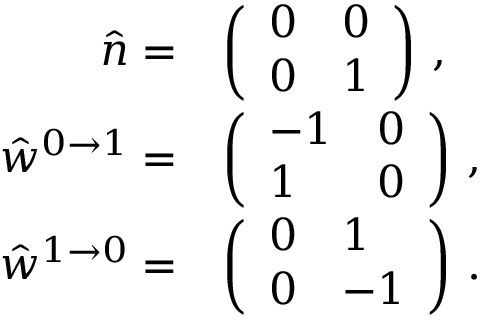
\begin{array} { r l } { \hat { n } = } & { \left( \begin{array} { l l } { 0 } & { 0 } \\ { 0 } & { 1 } \end{array} \right) \, , } \\ { \hat { w } ^ { 0 \to 1 } = } & { \left( \begin{array} { l l } { - 1 } & { 0 } \\ { 1 } & { 0 } \end{array} \right) \, , } \\ { \hat { w } ^ { 1 \to 0 } = } & { \left( \begin{array} { l l } { 0 } & { 1 } \\ { 0 } & { - 1 } \end{array} \right) \, . } \end{array}